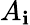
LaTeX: A_{\mathbf{i}}